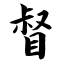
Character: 督